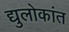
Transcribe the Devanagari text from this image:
द्युलोकांत